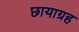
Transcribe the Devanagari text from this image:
छायाग्रह